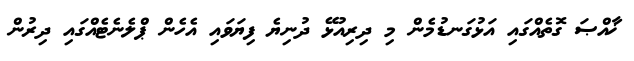
ޚާއްޞަ ގޮތެއްގައި އަޅުގަނޑުމެން މި ދިރިއުޅޭ ދުނިޔެ ފިޔަވައި އެހެން ޕްލެނެޓެއްގައި ދިރުން